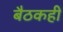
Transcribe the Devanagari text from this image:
बैठकही